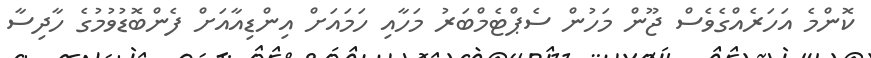
ކޮންމެ އަހަރެއްގެވެސް ޖޫން މަހުން ސެޕްޓެމްބަރު މަހާއި ހަމައަށް އިންޑިއާއަށް ފެންބޮޑުވުމުގެ ހާދިސާ